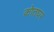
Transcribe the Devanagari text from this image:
कोतघर